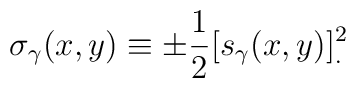
\sigma_\gamma(x,y) \equiv \pm{1\over2} [s_\gamma(x,y)]^2_.